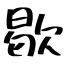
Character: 歇